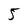
Character: 5